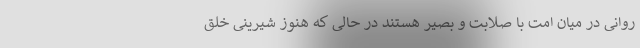
روانی در میان امت با صلابت و بصیر هستند در حالی که هنوز شیرینی خلق